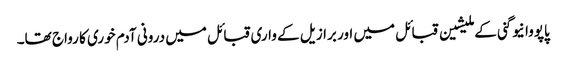
پاپووا نیو گنی کے ملیشین قبائل میں اور برازیل کے واری قبائل میں درونی آدم خوری کا رواج تھا۔